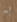
به